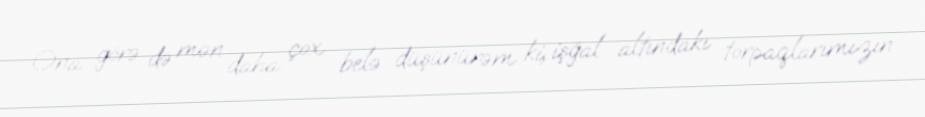
Ona görə də mən daha çox belə düşünürəm ki, işğal altındakı torpaqlarımızın